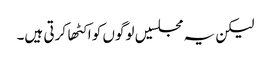
لیکن یہ مجلسیں لوگوں کو اکٹها کرتی ہیں۔